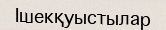
Ішекқуыстылар